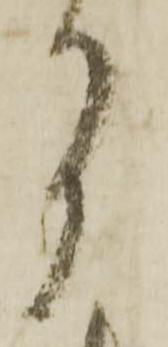
月